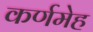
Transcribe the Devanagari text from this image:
कर्णमेह